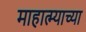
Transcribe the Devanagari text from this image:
माहात्म्याच्या